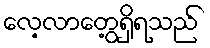
လေ့လာတွေ့ရှိရသည်